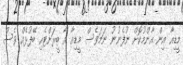
މީޑިއާ އިން އާންމުކޮށް ނުފެނުނު ނަމަވެސް މީޑިއާ އާ ބީރަށްޓެހި ބޭފުޅެއް ވެސް